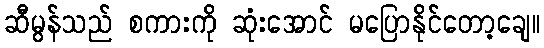
ဆီမွန်သည် စကားကို ဆုံးအောင် မပြောနိုင်တော့ချေ။